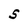
Character: S